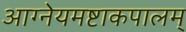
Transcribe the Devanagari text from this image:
आग्नेयमष्टाकपालम्